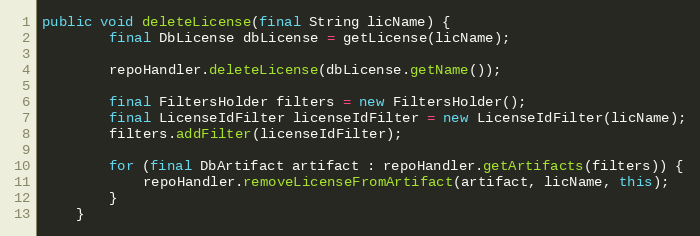
Language: Java
public void deleteLicense(final String licName) {
        final DbLicense dbLicense = getLicense(licName);

        repoHandler.deleteLicense(dbLicense.getName());

        final FiltersHolder filters = new FiltersHolder();
        final LicenseIdFilter licenseIdFilter = new LicenseIdFilter(licName);
        filters.addFilter(licenseIdFilter);

        for (final DbArtifact artifact : repoHandler.getArtifacts(filters)) {
            repoHandler.removeLicenseFromArtifact(artifact, licName, this);
        }
    }